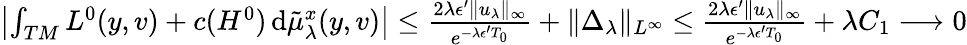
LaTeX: \begin{array}{r}{\left|\int_{TM}L^{0}(y,v)+c(H^{0})\, \mathrm{d}\tilde{\mu}_{\lambda}^{x}(y,v)\right|\leq\frac{2\lambda\epsilon^{\prime}\| u_{\lambda}\| _{\infty}}{e^{-\lambda\epsilon^{\prime}T_{0}}}+\| \Delta_{\lambda}\| _{L^{\infty}}\leq\frac{2\lambda\epsilon^{\prime}\| u_{\lambda}\| _{\infty}}{e^{-\lambda\epsilon^{\prime}T_{0}}}+\lambda C_{1}\longrightarrow 0}\end{array}